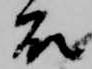
衣